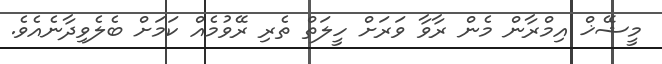
މީޝޭޚް އިމްރާން މެން ރާވާ ވަރަށް ހީލަތް ތެރި ރޭވުމެއް ކަމަށް ބެލެވިދާނެއެވެ.